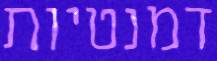
דמנטיות